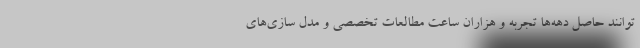
‌توانند حاصل دهه‌ها تجربه و هزاران ساعت مطالعات تخصصی و مدل سازی‌های